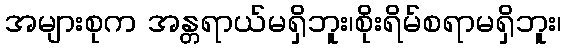
အများစုက အန္တရာယ်မရှိဘူး၊စိုးရိမ်စရာမရှိဘူး၊